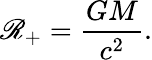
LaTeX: \mathscr{R}_{\mathrm{{+}}}={\frac{{GM}}{{c^{2}}}}.